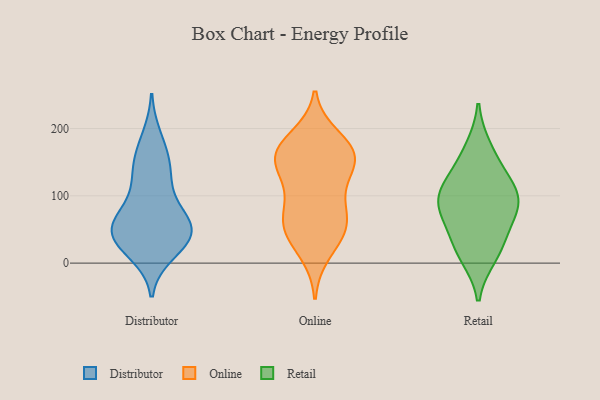
{"axis": {"x": "Revenue (USD Million)", "y": "Value"}, "legend": ["Distributor", "Online", "Retail"], "data": [{"x": "", "y": 158, "type": "Distributor"}, {"x": "", "y": 50, "type": "Distributor"}, {"x": "", "y": 36, "type": "Distributor"}, {"x": "", "y": 67, "type": "Distributor"}, {"x": "", "y": 71, "type": "Distributor"}, {"x": "", "y": 186, "type": "Distributor"}, {"x": "", "y": 117, "type": "Distributor"}, {"x": "", "y": 46, "type": "Distributor"}, {"x": "", "y": 25, "type": "Distributor"}, {"x": "", "y": 46, "type": "Distributor"}, {"x": "", "y": 16, "type": "Distributor"}, {"x": "", "y": 66, "type": "Distributor"}, {"x": "", "y": 148, "type": "Distributor"}, {"x": "", "y": 41, "type": "Distributor"}, {"x": "", "y": 125, "type": "Distributor"}, {"x": "", "y": 127, "type": "Online"}, {"x": "", "y": 53, "type": "Online"}, {"x": "", "y": 95, "type": "Online"}, {"x": "", "y": 52, "type": "Online"}, {"x": "", "y": 59, "type": "Online"}, {"x": "", "y": 165, "type": "Online"}, {"x": "", "y": 157, "type": "Online"}, {"x": "", "y": 155, "type": "Online"}, {"x": "", "y": 166, "type": "Online"}, {"x": "", "y": 47, "type": "Online"}, {"x": "", "y": 167, "type": "Online"}, {"x": "", "y": 143, "type": "Online"}, {"x": "", "y": 82, "type": "Online"}, {"x": "", "y": 186, "type": "Online"}, {"x": "", "y": 16, "type": "Online"}, {"x": "", "y": 23, "type": "Retail"}, {"x": "", "y": 87, "type": "Retail"}, {"x": "", "y": 90, "type": "Retail"}, {"x": "", "y": 44, "type": "Retail"}, {"x": "", "y": 138, "type": "Retail"}, {"x": "", "y": 98, "type": "Retail"}, {"x": "", "y": 11, "type": "Retail"}, {"x": "", "y": 79, "type": "Retail"}, {"x": "", "y": 170, "type": "Retail"}, {"x": "", "y": 116, "type": "Retail"}]}